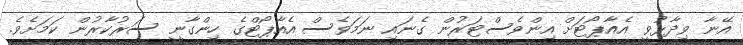
އޭނާ ވިދާޅުވީ އެއާޕޯޓަށް އިންވެސްޓަރުން ގެނައި ނަމަވެސް އެއާޕޯޓްގެ ހިންގާނީ ސަރުކާރުން ކަމަށެވެ.